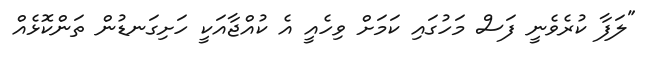
"ލަފާ ކުރެވެނީ ފަސް މަހުގައި ކަމަށް ވިހެއީ އެ ކުއްޖާއަކީ ހަށިގަނޑުން ތަންކޮޅެއް